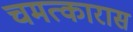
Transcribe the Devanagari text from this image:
चमत्कारास